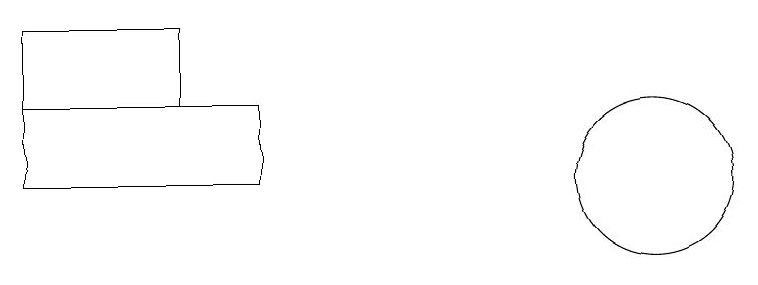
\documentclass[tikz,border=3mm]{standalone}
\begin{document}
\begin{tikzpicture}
\draw (11,12) circle (1);
\draw (6,12) rectangle (3,13);
\draw (3,14) rectangle (5,13);
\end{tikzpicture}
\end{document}